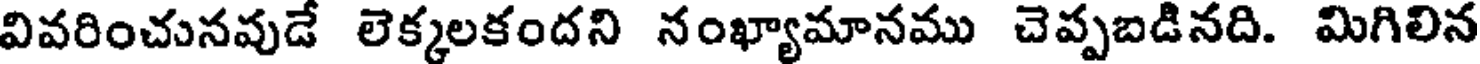
వివరించునవుడే లెక్కలకందని నంఖ్యామానము చెప్పబడినది. మిగిలిన